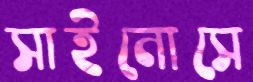
সাইনোসে